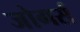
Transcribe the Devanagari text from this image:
जोगर्स